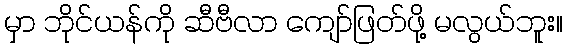
မှာ ဘိုင်ယန်ကို ဆီဗီလာ ကျော်ဖြတ်ဖို့ မလွယ်ဘူး။